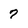
Character: 7